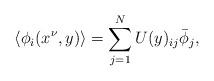
LaTeX: \begin{align*}\langle\phi_i(x^\nu,y)\rangle=\sum_{j=1}^NU(y)_{ij}\bar{\phi}_j,\end{align*}